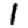
Digit: 1